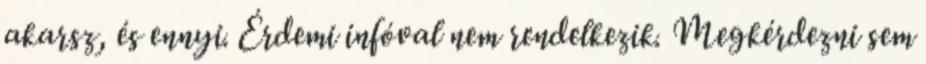
akarsz, és ennyi. Érdemi infóval nem rendelkezik. Megkérdezni sem